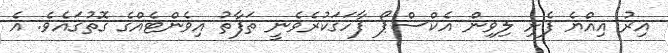
އިރު އިއްޔެ ފެށި ލިވިން އެކްސްޕޯ ފާހަގަކުރެވެނީ ތަފާތު އިވެންޓެއްގެ ގޮތުގައެވެ. އެ